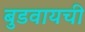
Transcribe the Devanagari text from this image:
बुडवायची